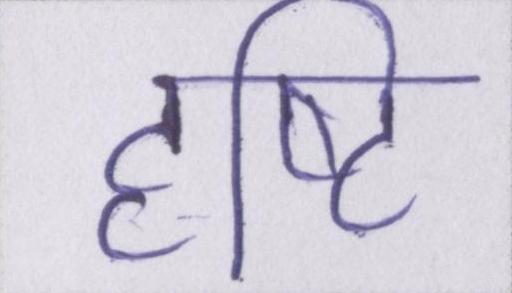
दृष्टि